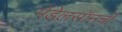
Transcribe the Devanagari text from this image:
मेंडेलसॉनची